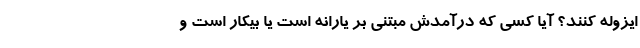
ایزوله کنند؟ آیا کسی که درآمدش مبتنی بر یارانه است یا بیکار است و